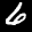
Label: 6